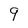
Character: 9